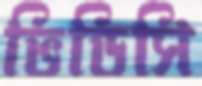
ভিডিসি